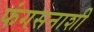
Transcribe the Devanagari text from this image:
फंगसनाशी